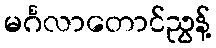
မင်္ဂလာတောင်ညွန့်